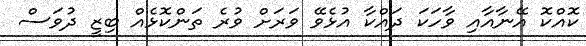
ކޮއްކޮ އޭނާއާއި ވާހަކަ ދައްކާ އުޅެވޭ ވަރަށް ވުރެ ތަންކޮޅެއް ބިޒީ ދުވަސް